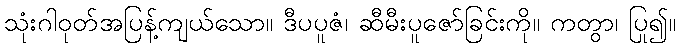
သုံးဂါဝုတ်အပြန့်ကျယ်သော။ ဒီပပူဇံ၊ ဆီမီးပူဇော်ခြင်းကို။ ကတွာ၊ ပြု၍။